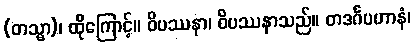
(တသ္မာ)၊ ထိုကြောင့်။ ဝိပဿနာ၊ ဝိပဿနာသည်။ တဒင်္ဂပဟာနံ၊